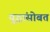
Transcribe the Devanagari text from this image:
युद्धांसोबत